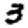
Digit: 3